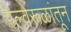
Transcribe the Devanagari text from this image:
रेल्वेरूळांतून